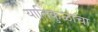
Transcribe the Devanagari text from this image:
यातिकुळाचा